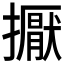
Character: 擫